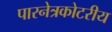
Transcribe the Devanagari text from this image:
पारनेत्रकोटरीय